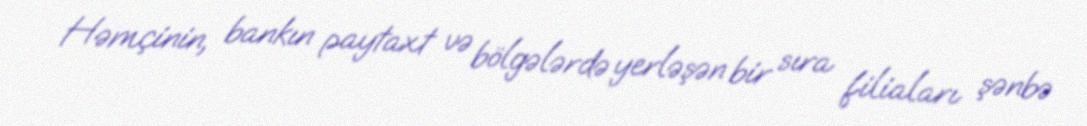
Həmçinin, bankın paytaxt və bölgələrdə yerləşən bir sıra filiaları şənbə